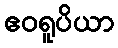
ဧဝရူပိယာ